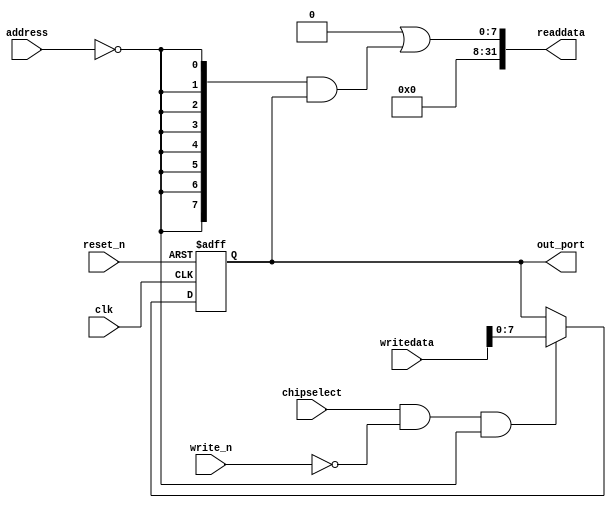
module niosii_pio_0 (
                       address,
                       chipselect,
                       clk,
                       reset_n,
                       write_n,
                       writedata,
                       out_port,
                       readdata
                    )
;
  output  [  7: 0] out_port;
  output  [ 31: 0] readdata;
  input   [  1: 0] address;
  input            chipselect;
  input            clk;
  input            reset_n;
  input            write_n;
  input   [ 31: 0] writedata;
  wire             clk_en;
  reg     [  7: 0] data_out;
  wire    [  7: 0] out_port;
  wire    [  7: 0] read_mux_out;
  wire    [ 31: 0] readdata;
  assign clk_en = 1;
  assign read_mux_out = {8 {(address == 0)}} & data_out;
  always @(posedge clk or negedge reset_n)
    begin
      if (reset_n == 0)
          data_out <= 0;
      else if (chipselect && ~write_n && (address == 0))
          data_out <= writedata[7 : 0];
    end
  assign readdata = {32'b0 | read_mux_out};
  assign out_port = data_out;
endmodule